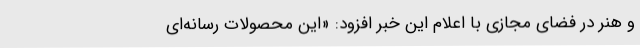
و هنر در فضای مجازی با اعلام این خبر افزود: «این محصولات رسانه‌ای